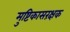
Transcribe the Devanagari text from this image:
मुष्टिकासरंक्षक